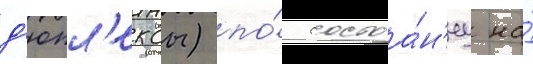
д'юпл'ексы) по́ состоа́н'иу на́